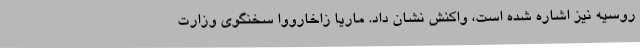
روسیه نیز اشاره شده است، واکنش نشان داد. ماریا زاخارووا سخنگوی وزارت